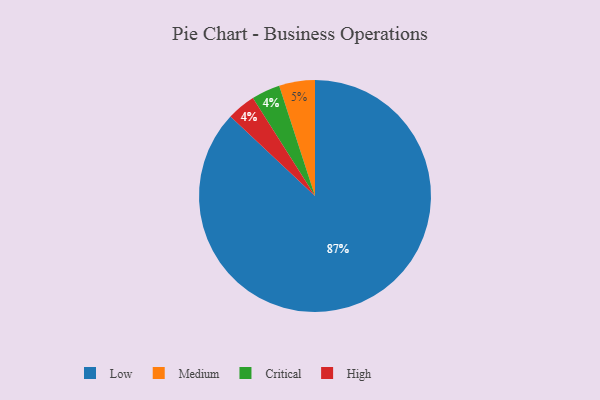
{"axis": {"x": "Category", "y": "Percentage"}, "legend": ["Critical", "High", "Low", "Medium"], "data": [{"x": "Critical", "y": 4, "type": "Critical"}, {"x": "High", "y": 4, "type": "High"}, {"x": "Low", "y": 87, "type": "Low"}, {"x": "Medium", "y": 5, "type": "Medium"}]}